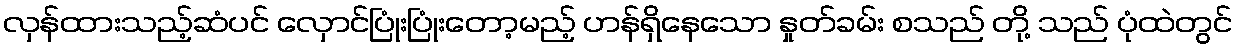
လှန်ထားသည့်ဆံပင် လှောင်ပြုံးပြုံးတော့မည့် ဟန်ရှိနေသော နှုတ်ခမ်း စသည် တို့ သည် ပုံထဲတွင်